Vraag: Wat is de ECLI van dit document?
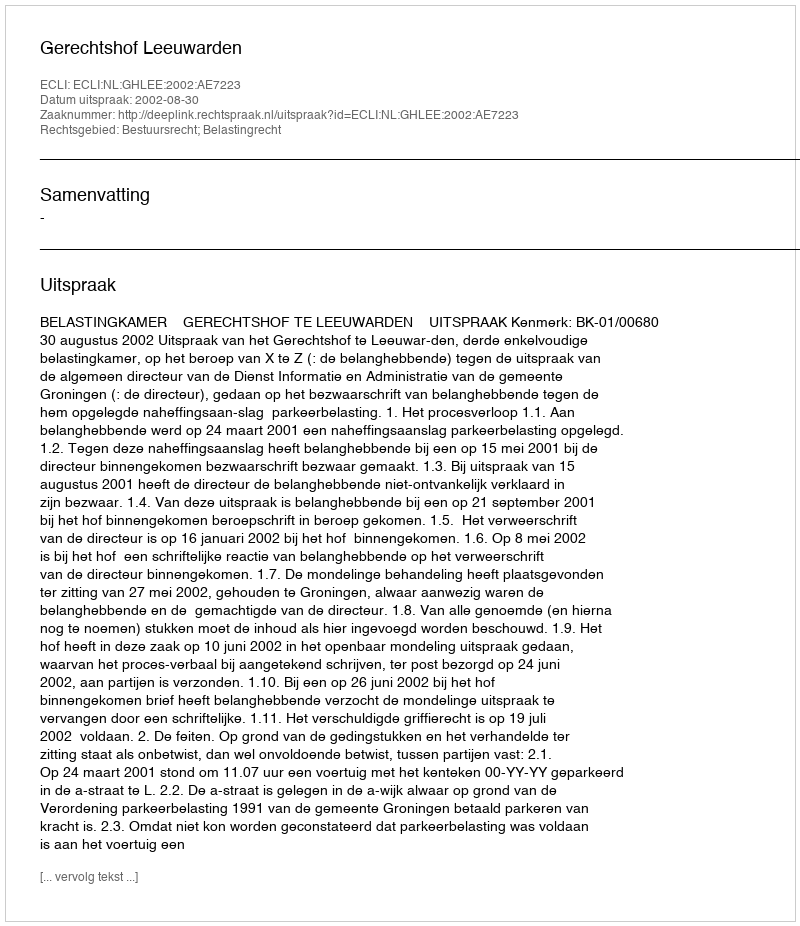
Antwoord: ECLI:NL:GHLEE:2002:AE7223